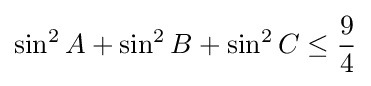
\sin ^{2}A+\sin ^{2}B+\sin ^{2}C\leq {\frac {9}{4}}